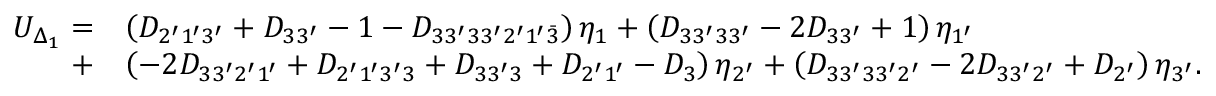
\begin{array} { r l } { U _ { \Delta _ { 1 } } = } & { \left( { { D _ { 2 ^ { \prime } 1 ^ { \prime } 3 ^ { \prime } } } + { D _ { 3 3 ^ { \prime } } } - 1 - { D _ { 3 3 ^ { \prime } 3 3 ^ { \prime } 2 ^ { \prime } 1 ^ { \prime } \bar { 3 } } } } \right) { \eta _ { 1 } } + \left( { { D _ { 3 3 ^ { \prime } 3 3 ^ { \prime } } } - 2 { D _ { 3 3 ^ { \prime } } } + 1 } \right) { \eta _ { 1 ^ { \prime } } } } \\ { + } & { \left( { - 2 { D _ { 3 3 ^ { \prime } 2 ^ { \prime } 1 ^ { \prime } } } + { D _ { 2 ^ { \prime } 1 ^ { \prime } 3 ^ { \prime } 3 } } + { D _ { 3 3 ^ { \prime } 3 } } + { D _ { 2 ^ { \prime } 1 ^ { \prime } } } - { D _ { 3 } } } \right) { \eta _ { 2 ^ { \prime } } } + \left( { { D _ { 3 3 ^ { \prime } 3 3 ^ { \prime } 2 ^ { \prime } } } - 2 { D _ { 3 3 ^ { \prime } 2 ^ { \prime } } } + { D _ { 2 ^ { \prime } } } } \right) { \eta _ { 3 ^ { \prime } } } . } \end{array}